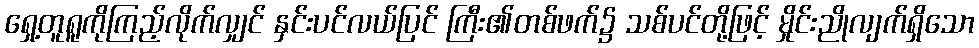
ရှေ့တူရူကိုကြည့်လိုက်လျှင် နှင်းပင်လယ်ပြင် ကြီး၏တစ်ဖက်၌ သစ်ပင်တို့ဖြင့် မှိုင်းညိုလျက်ရှိသော